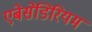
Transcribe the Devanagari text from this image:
एबेसेडिरियम